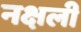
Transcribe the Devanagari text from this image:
नक्षली